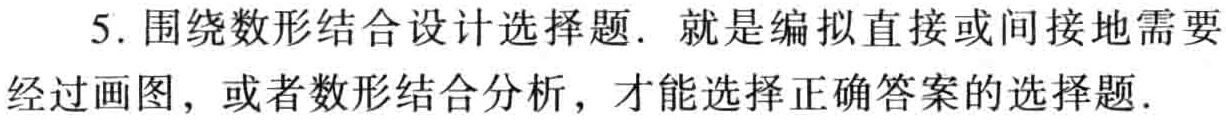
5. 围绕数形结合设计选择题. 就是编拟直接或间接地需要经过画图，或者数形结合分析，才能选择正确答案的选择题.